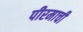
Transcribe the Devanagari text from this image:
पीरमाची